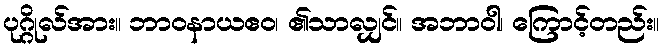
ပုဂ္ဂိုလ်အား။ ဘာဝနာယဧဝ၊ ၏သာလျှင်။ အဘာဝါ၊ ကြောင့်တည်း။